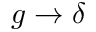
g \rightarrow \delta